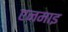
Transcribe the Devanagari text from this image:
एनमाइ